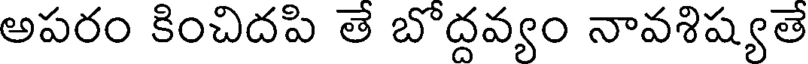
అపరం కించిదపి తె బొద్దవ్యం నావశిష్యతె